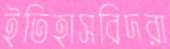
ইতিহাসবিদরা